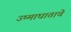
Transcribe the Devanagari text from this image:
उष्माघाताचे